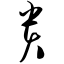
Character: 贵